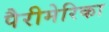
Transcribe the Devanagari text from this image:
पैरीमेरिका